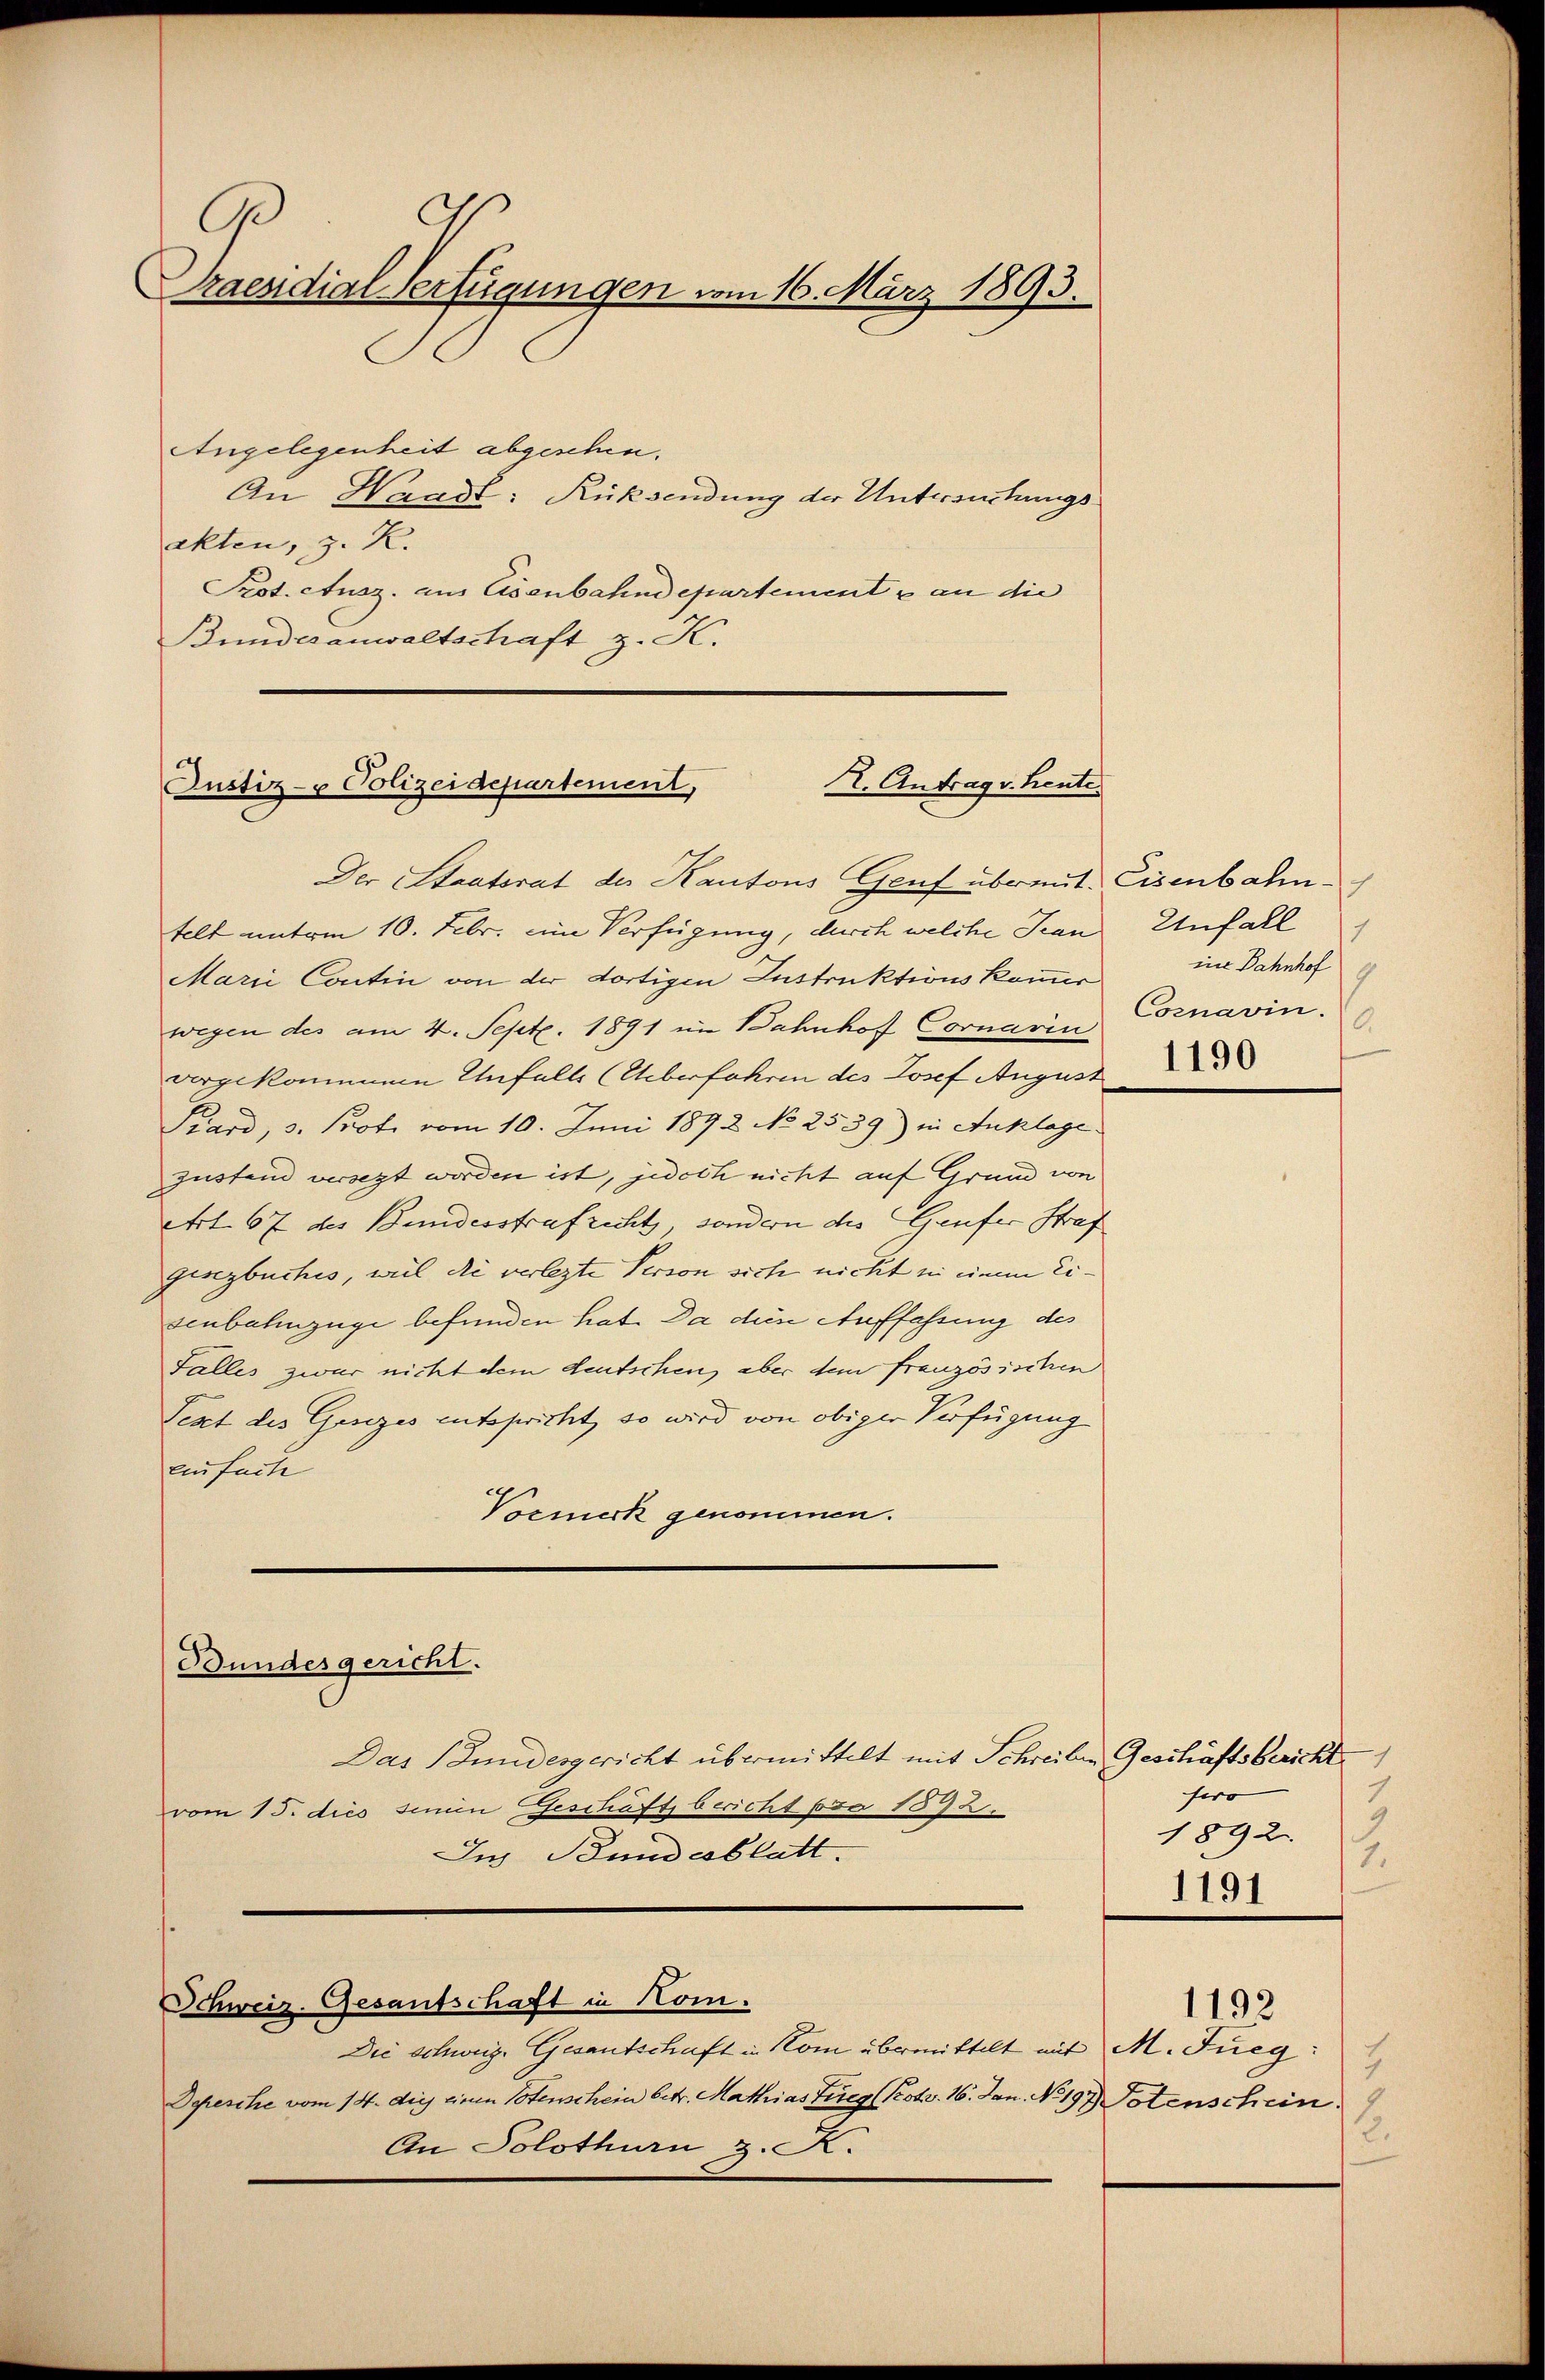
g
G
Praesidial-Verfügungen vom 16. März 1893.

An Waadt: Rücksendung der Untersuchungsakten, z. R.
Prot. Ausz. aus Eisenbahndepartement & an die
Bundesanwaltschaft z. K.

Angelegenheit abgeschen¬

2. Antrag v. Heute.
Justiz- & Polizeidepartement,

Der Staatsrat der Kantons Genf übreut. Eisenbahntelt unterm 10. Febr. eine Verfügung, durch welche Tran
Marii Contin von der dortigen Instruktionskommer
wegen des am 4. Sept. 1891 im Bahnhof Cornariu
vorgekommene Unfalls (Ueberfahren des Josef August
Piard, 3. Prote vom 10. Juni 1892 No 2539) in Anklage
zustand versetzt worden ist, jedoch nicht auf Grund von
Art. 67 des Bundesstrafricht, sondern des Genfer Straf
gingbuches, weil die verlezte Person sich nicht in einem Eisenbahnzüge befunden hat. Da dies Auffassung des
Falles zwar nicht dem deutschen, aber dem französischen
Text des Gesezes entspricht, so wird von obiger Verfügung
einfache
Vormerk genommen.

Bundesgericht.

Das Stundesgericht übermittelt mit Schreiben Geschäftsbericht.1
vom 15. dies sein Geschäft bericht pro 1873.
Ius Bundesblatt.
Schweiz. Gesantschaft in Kom.
Die schweiz. Gesantschaft in Kom übermittelt mit M. Fueg:
Depesche vom 14. die einen Totenschein betr. Mathias Tueg (Kotr. 16. Jan. No. 197 Totenschein.
An Solothurn z. K.

17
Unfall
ine Bahnhof
Cornavin.
6.
1190

sero
1892.
1.
1191

7
.

1192